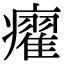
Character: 㿑